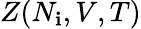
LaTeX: Z(N_{\mathbf{i}},V,T)